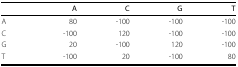
<table><thead><tr><td></td><td><b>A</b></td><td><b>C</b></td><td><b>G</b></td><td><b>T</b></td></tr></thead><tbody><tr><td>A</td><td>80</td><td>-100</td><td>-100</td><td>-100</td></tr><tr><td>C</td><td>-100</td><td>120</td><td>-100</td><td>-100</td></tr><tr><td>G</td><td>20</td><td>-100</td><td>120</td><td>-100</td></tr><tr><td>T</td><td>-100</td><td>20</td><td>-100</td><td>80</td></tr></tbody></table>